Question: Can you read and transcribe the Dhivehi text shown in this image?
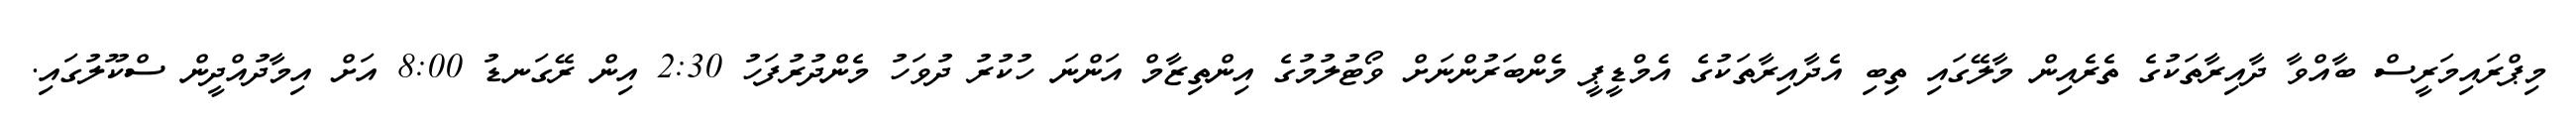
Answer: މިޕްރައިމަރީސް ބާއްވާ ދާއިރާތަކުގެ ތެރެއިން މާލޭގައި ތިބި އެދާއިރާތަކުގެ އެމްޑީޕީ މެންބަރުންނަށް ވޯޓުލުމުގެ އިންތިޒާމް އަންނަ ހުކުރު ދުވަހު މެންދުރުފަހު 2:30 އިން ރޭގަނޑު 8:00 އަށް އިމާދުއްދީން ސްކޫލުގައި.